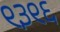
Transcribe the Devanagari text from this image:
९३९६